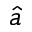
\hat { a }